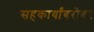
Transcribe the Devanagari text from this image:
सहकार्यांबरोबर